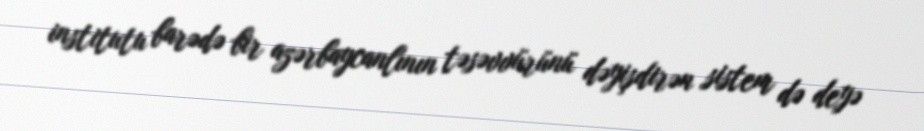
institutu barədə bir azərbaycanlının təsəvvürünü dəyişdirən sistem də deyə